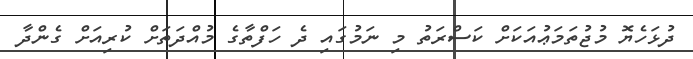
ދުޅަހެޔޮ މުޖުތަމަޢުއަކަށް ކަސްރަތު މި ނަމުގައި ދެ ހަފްތާގެ މުއްދަތަށް ކުރިއަށް ގެންދާ